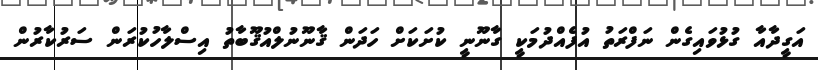
އަގީދާއާ ގުޅުވައިގެން ނަފްރަތު އުފެއްދުމަކީ ގާނޫނީ ކުށަކަށް ހަދަން ޤާނޫނުލްއުޤޫބާތު އިސްލާހުކުރަން ސަރުކާރުން